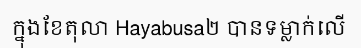
ក្នុងខែតុលា Hayabusa២ បានទម្លាក់លើ